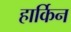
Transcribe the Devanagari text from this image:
हार्किन